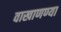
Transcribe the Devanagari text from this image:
वाखाणण्या